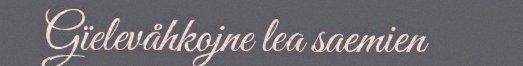
Gïelevåhkojne lea saemien